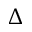
\Delta